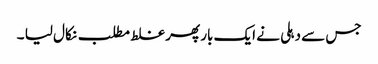
جس سے دہلی نے ایک بار پھر غلط مطلب نکال لیا ۔